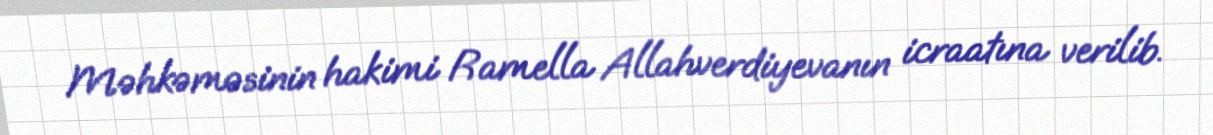
Məhkəməsinin hakimi Ramella Allahverdiyevanın icraatına verilib.